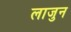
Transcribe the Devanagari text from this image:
लाजुन